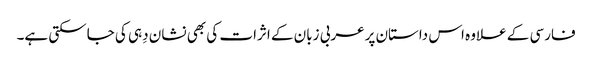
فارسی کے علاوہ اس داستان پرعربی زبان کے اثرات کی بھی نشان دِہی کی جاسکتی ہے۔